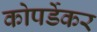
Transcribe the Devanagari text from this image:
कोपर्डेकर